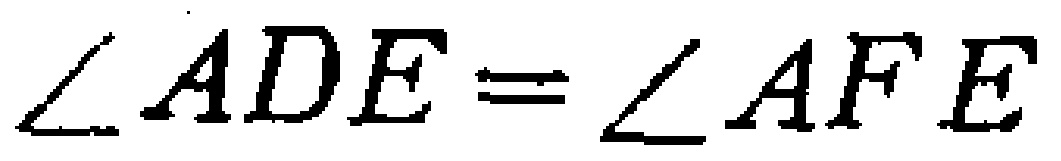
$\angle ADE=\angle AFE$